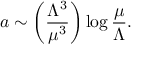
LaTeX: a \sim \left( { \frac { \Lambda ^ { 3 } } { \mu ^ { 3 } } } \right) \log { \frac { \mu } { \Lambda } } .